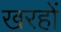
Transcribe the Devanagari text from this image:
खरहों